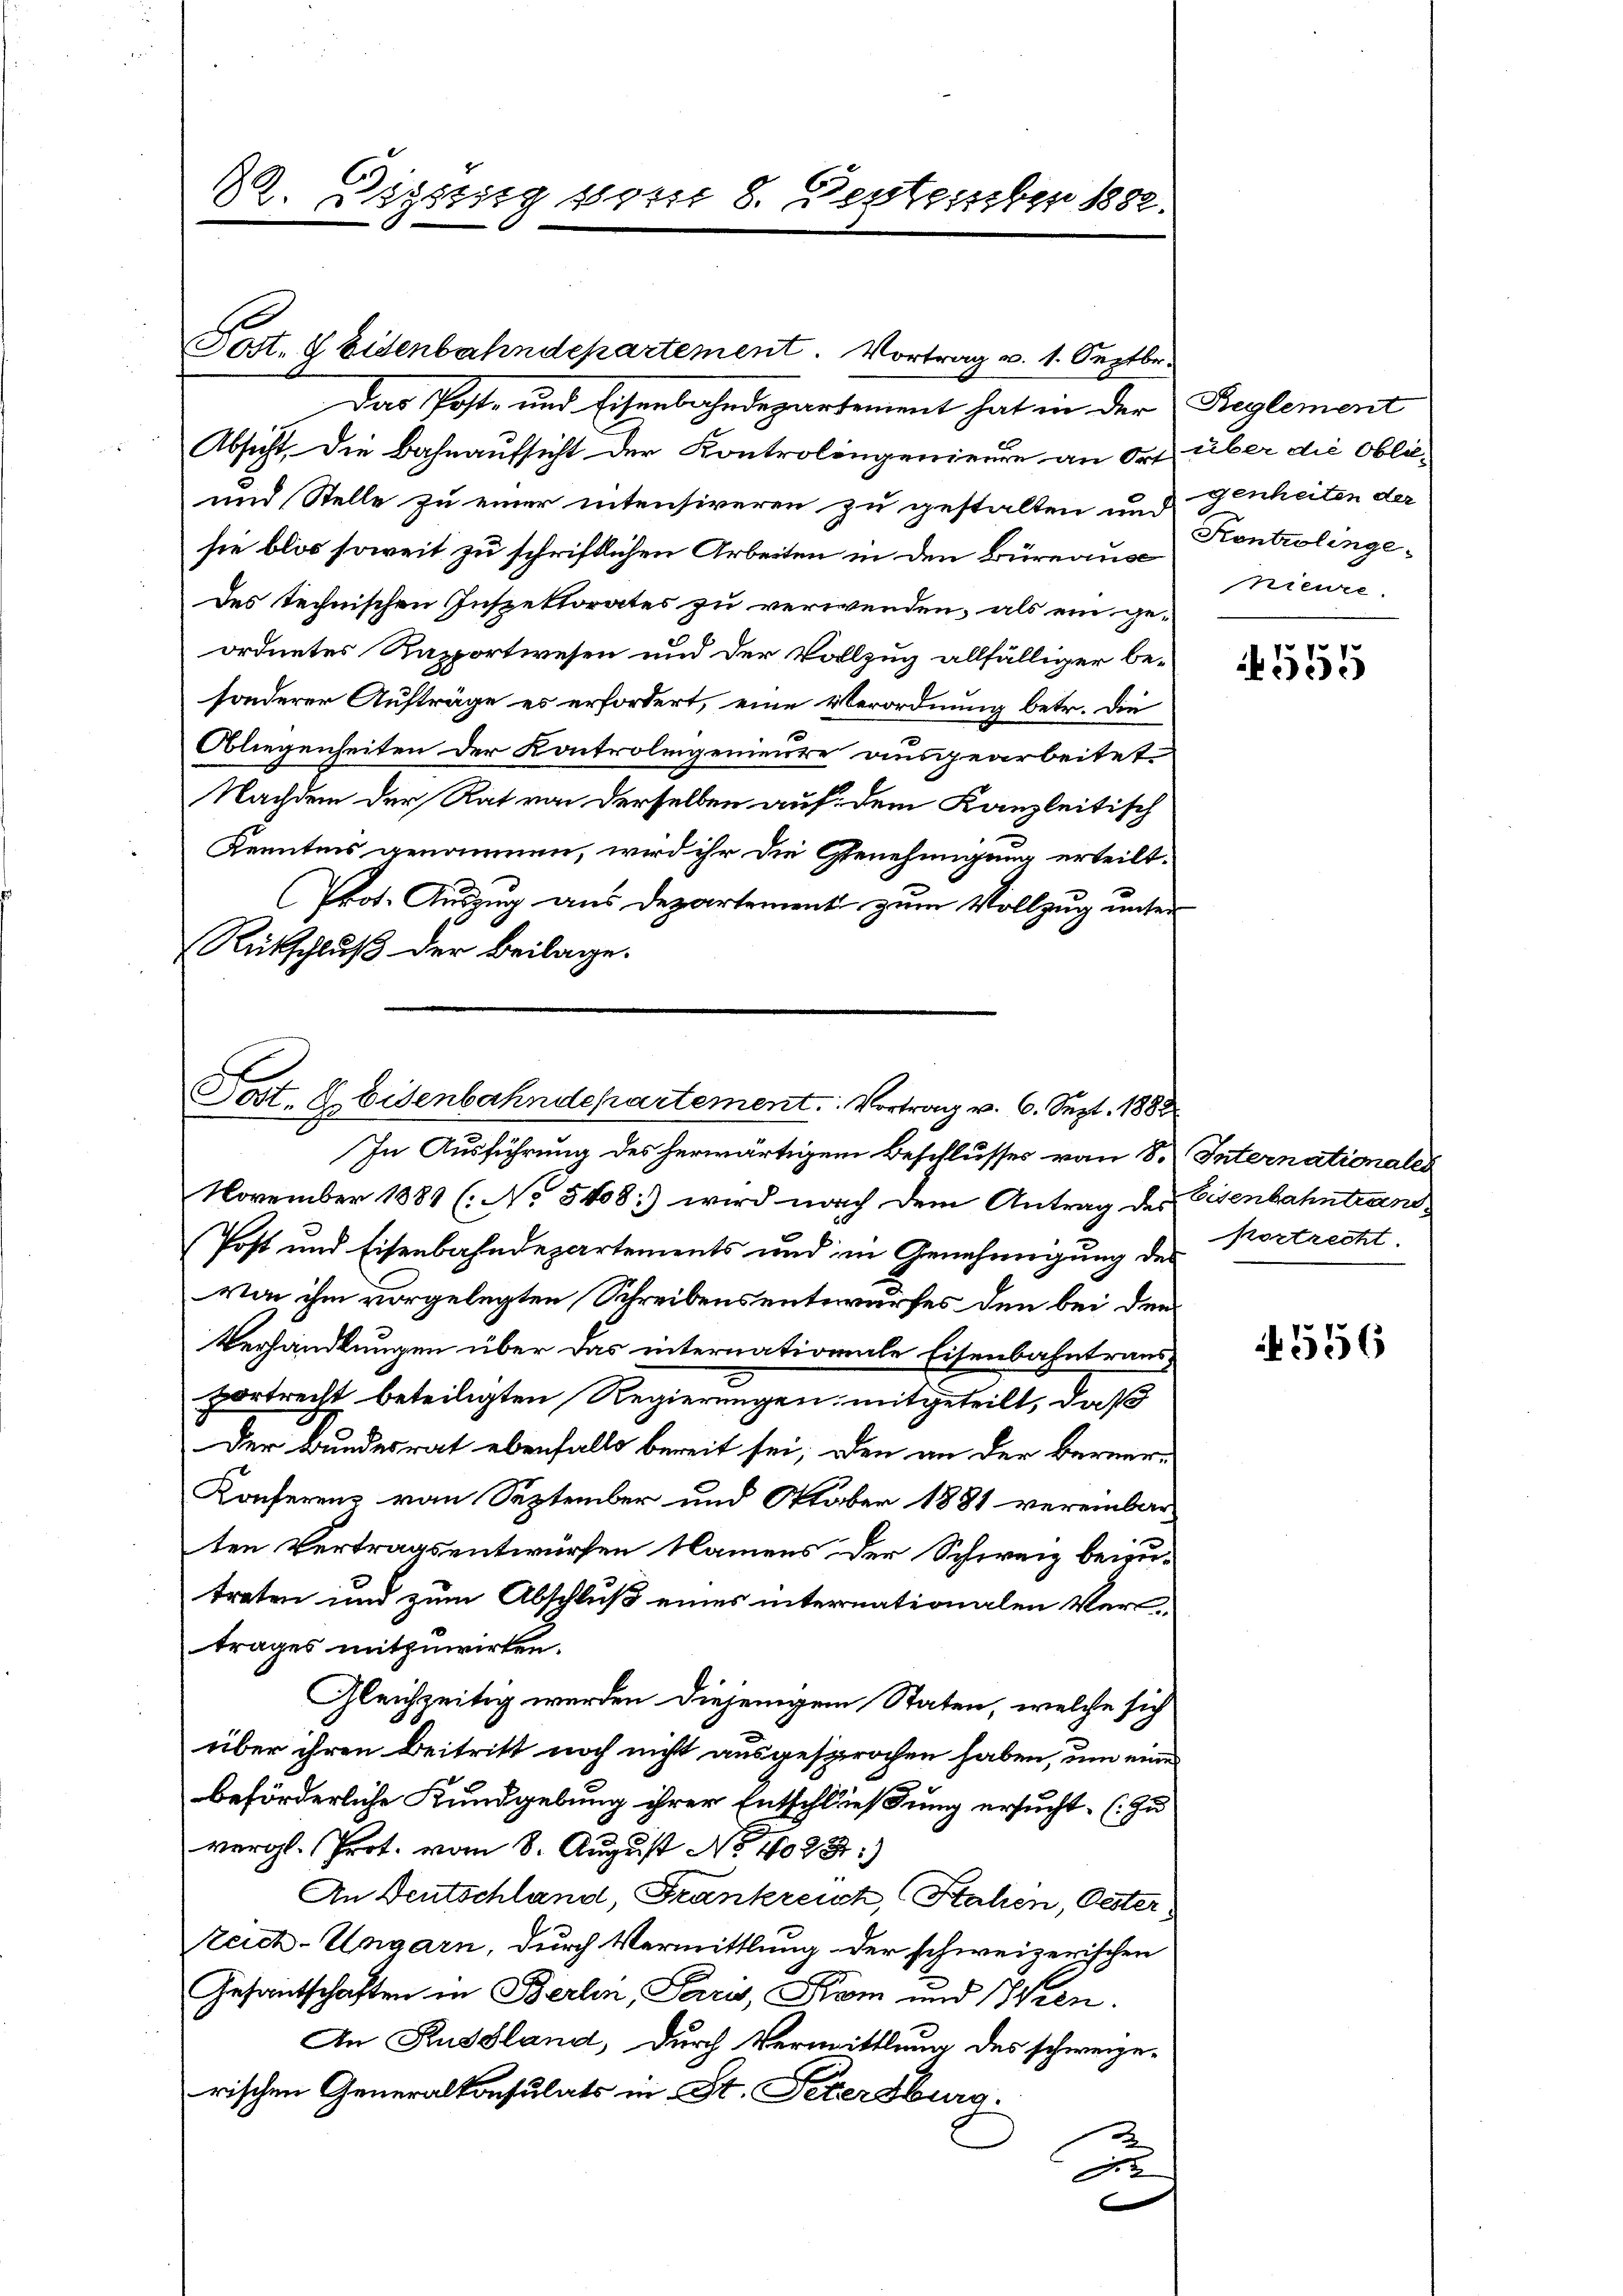
8. Diesig vom 8. Destember 1882.

Post. 8 Eisenbahndepartement. Vortrag v. 1. Septbr.
Das Post- und Eisenbahndepartement hat in der Reglement
Absicht. Die Bahnaufsicht der Kontrolingenieure an Ort über die Oblie-
und Stelle zu einer intensireren zu gestalten und genheiten der
sie blos soweit zu schriftlichen Arbeiten in den Büreausc
des technischen Inspektorates zu verwenden, als ein geordnetes Rapportwesen und der Vollzug allfälliger besonderer Aufträge es erfordert, eine Verordnung betr. die
Obliegenheiten der Kontrolingenieure ausgearbeitet.
Nachdem der Rat von derselben auf dem Kanzleitisch
Kenntnis genommen, wird ihr die Genehmigung erteilt.
Prot. Auszug aus Departement zum Vollzug unter
Rückschluß der Beilage.

Tost. E. Eisenbahndepartement. Vortrag v. 6. Sept. 1882
In Ausführung des herwärtigem Beschlusses von 8. Internationales

November 1881 (No 5408) wird nach dem Antrag des Eisenbahntrand¬
Post und Eisenbahndepartements und in Genehmigung des
von ihm vorgelegten Schreibens entwurfes den bei dem
Verhandlungen über das internationale Eisenbahntrausportrecht beteiligten Regierungen mitgeteilt, daß
Der Bundesrat ebenfalls bereit sei, oden an der Berner-
Konferenz von September und Oktober 1881 vereinbar-
ten Vertragsentwürfen Namens der Schweiz beizu-
treten und zum Abschluß eines internationalen Vertrages mitzuwirken.
Gleichzeitig werden diejenigem Staten, welche sich
über ihren Beitritt noch nicht ausgesprochen haben, um eine
beförderliche Kundgebung ihrer Entschließung ersucht. (Zu
vergl. Prot. vom 8. August No 16028:)
An Deutschland, Frankreich, Stahen, Oester
Zeich-Ungarn, durch Vermittlung der schweizerischen
Gesandtschaften in Berlin, Paris, Köm und Wien.
An Russland, durch Vermittlung des schweize-
rischen Generalkonsulats in St. Petersburg.
2
J

Kontrolinge
nieure.

4555

kostrecht.

556